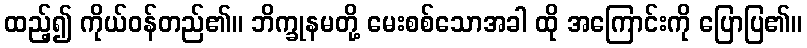
ထည့်၍ ကိုယ်ဝန်တည်၏။ ဘိက္ခုနမတို့ မေးစစ်သောအခါ ထို အကြောင်းကို ပြောပြ၏။